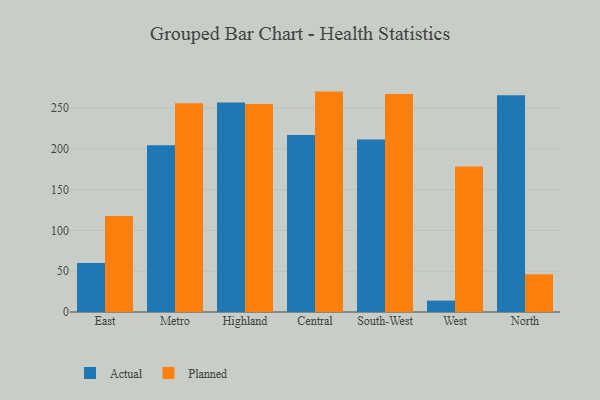
{"axis": {"x": "Region", "y": "Revenue (USD Million)"}, "legend": ["Actual", "Planned"], "data": [{"x": "East", "y": 60.1, "type": "Actual"}, {"x": "East", "y": 117.8, "type": "Planned"}, {"x": "Metro", "y": 204.2, "type": "Actual"}, {"x": "Metro", "y": 255.9, "type": "Planned"}, {"x": "Highland", "y": 256.7, "type": "Actual"}, {"x": "Highland", "y": 254.8, "type": "Planned"}, {"x": "Central", "y": 216.8, "type": "Actual"}, {"x": "Central", "y": 270.1, "type": "Planned"}, {"x": "South-West", "y": 211.5, "type": "Actual"}, {"x": "South-West", "y": 267.3, "type": "Planned"}, {"x": "West", "y": 14.0, "type": "Actual"}, {"x": "West", "y": 178.3, "type": "Planned"}, {"x": "North", "y": 265.6, "type": "Actual"}, {"x": "North", "y": 46.2, "type": "Planned"}]}